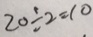
2 0 \div 2 = 1 0